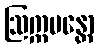
ဩက္ကမန္တော